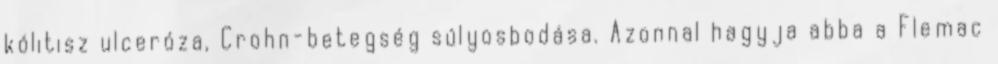
kólitisz ulceróza, Crohn-betegség súlyosbodása. Azonnal hagyja abba a Flemac